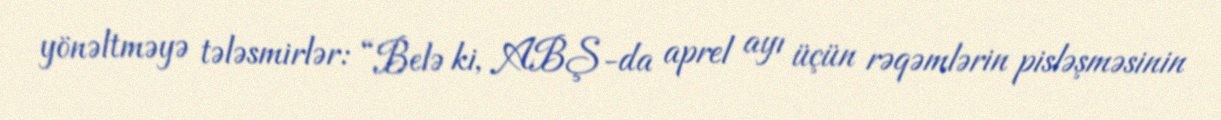
yönəltməyə tələsmirlər: “Belə ki, ABŞ-da aprel ayı üçün rəqəmlərin pisləşməsinin